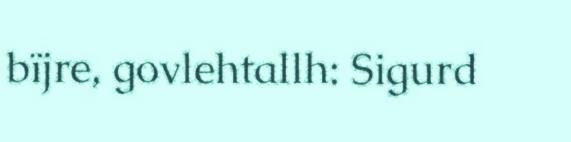
bïjre, govlehtallh: Sigurd